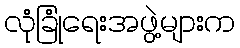
လုံခြုံရေးအဖွဲ့များက